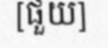
[ផួយ]